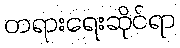
တရားရေးဆိုင်ရာ